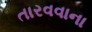
તારવવાના